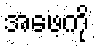
အဖေ့ကို